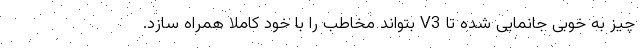
چیز به خوبی جانمایی شده تا V3 بتواند مخاطب را با خود کاملا همراه سازد.